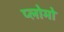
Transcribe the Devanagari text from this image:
प्लोमो